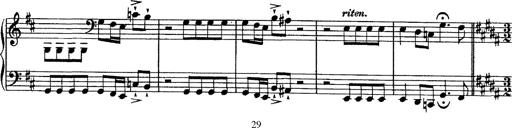
Title: Piano Sonata
Composer: Karl HÃ¤ssler
Key: C major